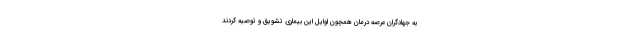
به جهادگران عرصه درمان همچون اوایل این بیماری تشویق و توصیه کردند